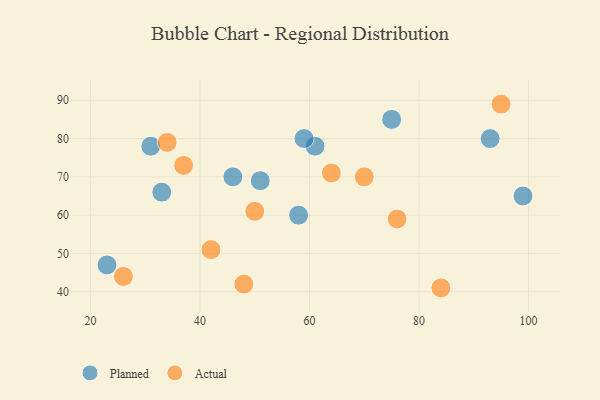
{"axis": {"x": "GDP", "y": "Life Expectancy"}, "legend": ["Actual", "Planned"], "data": [{"x": "23", "y": 47, "type": "Planned"}, {"x": "61", "y": 78, "type": "Planned"}, {"x": "99", "y": 65, "type": "Planned"}, {"x": "46", "y": 70, "type": "Planned"}, {"x": "59", "y": 80, "type": "Planned"}, {"x": "31", "y": 78, "type": "Planned"}, {"x": "58", "y": 60, "type": "Planned"}, {"x": "75", "y": 85, "type": "Planned"}, {"x": "51", "y": 69, "type": "Planned"}, {"x": "33", "y": 66, "type": "Planned"}, {"x": "93", "y": 80, "type": "Planned"}, {"x": "70", "y": 70, "type": "Actual"}, {"x": "26", "y": 44, "type": "Actual"}, {"x": "34", "y": 79, "type": "Actual"}, {"x": "64", "y": 71, "type": "Actual"}, {"x": "95", "y": 89, "type": "Actual"}, {"x": "48", "y": 42, "type": "Actual"}, {"x": "76", "y": 59, "type": "Actual"}, {"x": "50", "y": 61, "type": "Actual"}, {"x": "37", "y": 73, "type": "Actual"}, {"x": "84", "y": 41, "type": "Actual"}, {"x": "42", "y": 51, "type": "Actual"}]}